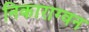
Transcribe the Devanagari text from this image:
निकाराग्वन